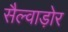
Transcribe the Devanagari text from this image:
सैल्वाड़ोर